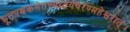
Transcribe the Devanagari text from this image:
भूतपञ्चकमेतस्माद्धयवरण्महेश्वरात्।